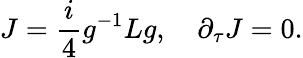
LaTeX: J=\frac{i}{4}g^{-1}Lg,\quad\partial_{\tau}J=0.